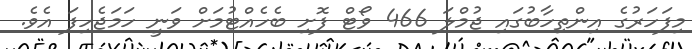
މިފަހަރުގެ އިންތިހާބުގައި ޖުމްލަ 466 ވޯޓް ފޮށި ބެހެއްޓުމަށް ވަނީ ހަމަޖެހިފަ އެވެ.